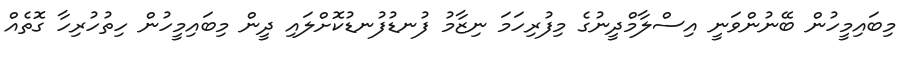
މިބައިމީހުން ބޭނުންވަނީ އިސްލާމްދީނުގެ މިފުރިހަމަ ނިޒާމު ފުނޑުފުނޑުކޮށްލައި ދީން މިބައިމީހުން ހިތުހުރިހާ ގޮތެއް